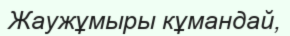
Жаужұмыры кұмандай,